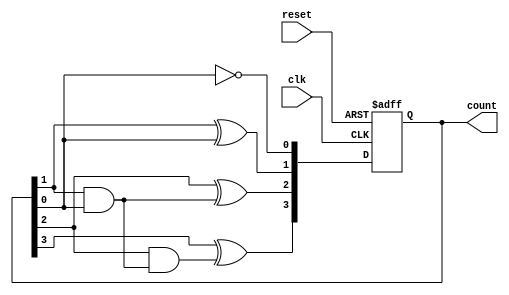
module async_ripple_counter (
    input wire clk,        // Clock input
    input wire reset,      // Asynchronous reset input
    output reg [n-1:0] count // n-bit counter output
);
    parameter n = 4; // Number of bits for the counter, change as needed

    // Asynchronous reset and counter behavior
    always @(posedge clk or posedge reset) begin
        if (reset) begin
            count <= 0; // Reset count to 0
        end else begin
            // Ripple counting logic
            count[0] <= ~count[0]; // Toggle LSB
            count[1] <= count[1] ^ count[0]; // Toggle second LSB if LSB was 1
            count[2] <= count[2] ^ (count[1] & count[0]); // Toggle third bit based on second and LSB
            count[3] <= count[3] ^ (count[2] & (count[1] & count[0])); // Toggle fourth bit based on third, second, and LSB
            // Extend this pattern for more bits as needed
        end
    end
endmodule